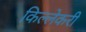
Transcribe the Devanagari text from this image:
किल्लेकरी